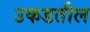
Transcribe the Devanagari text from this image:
उकडतील